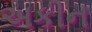
અકીન